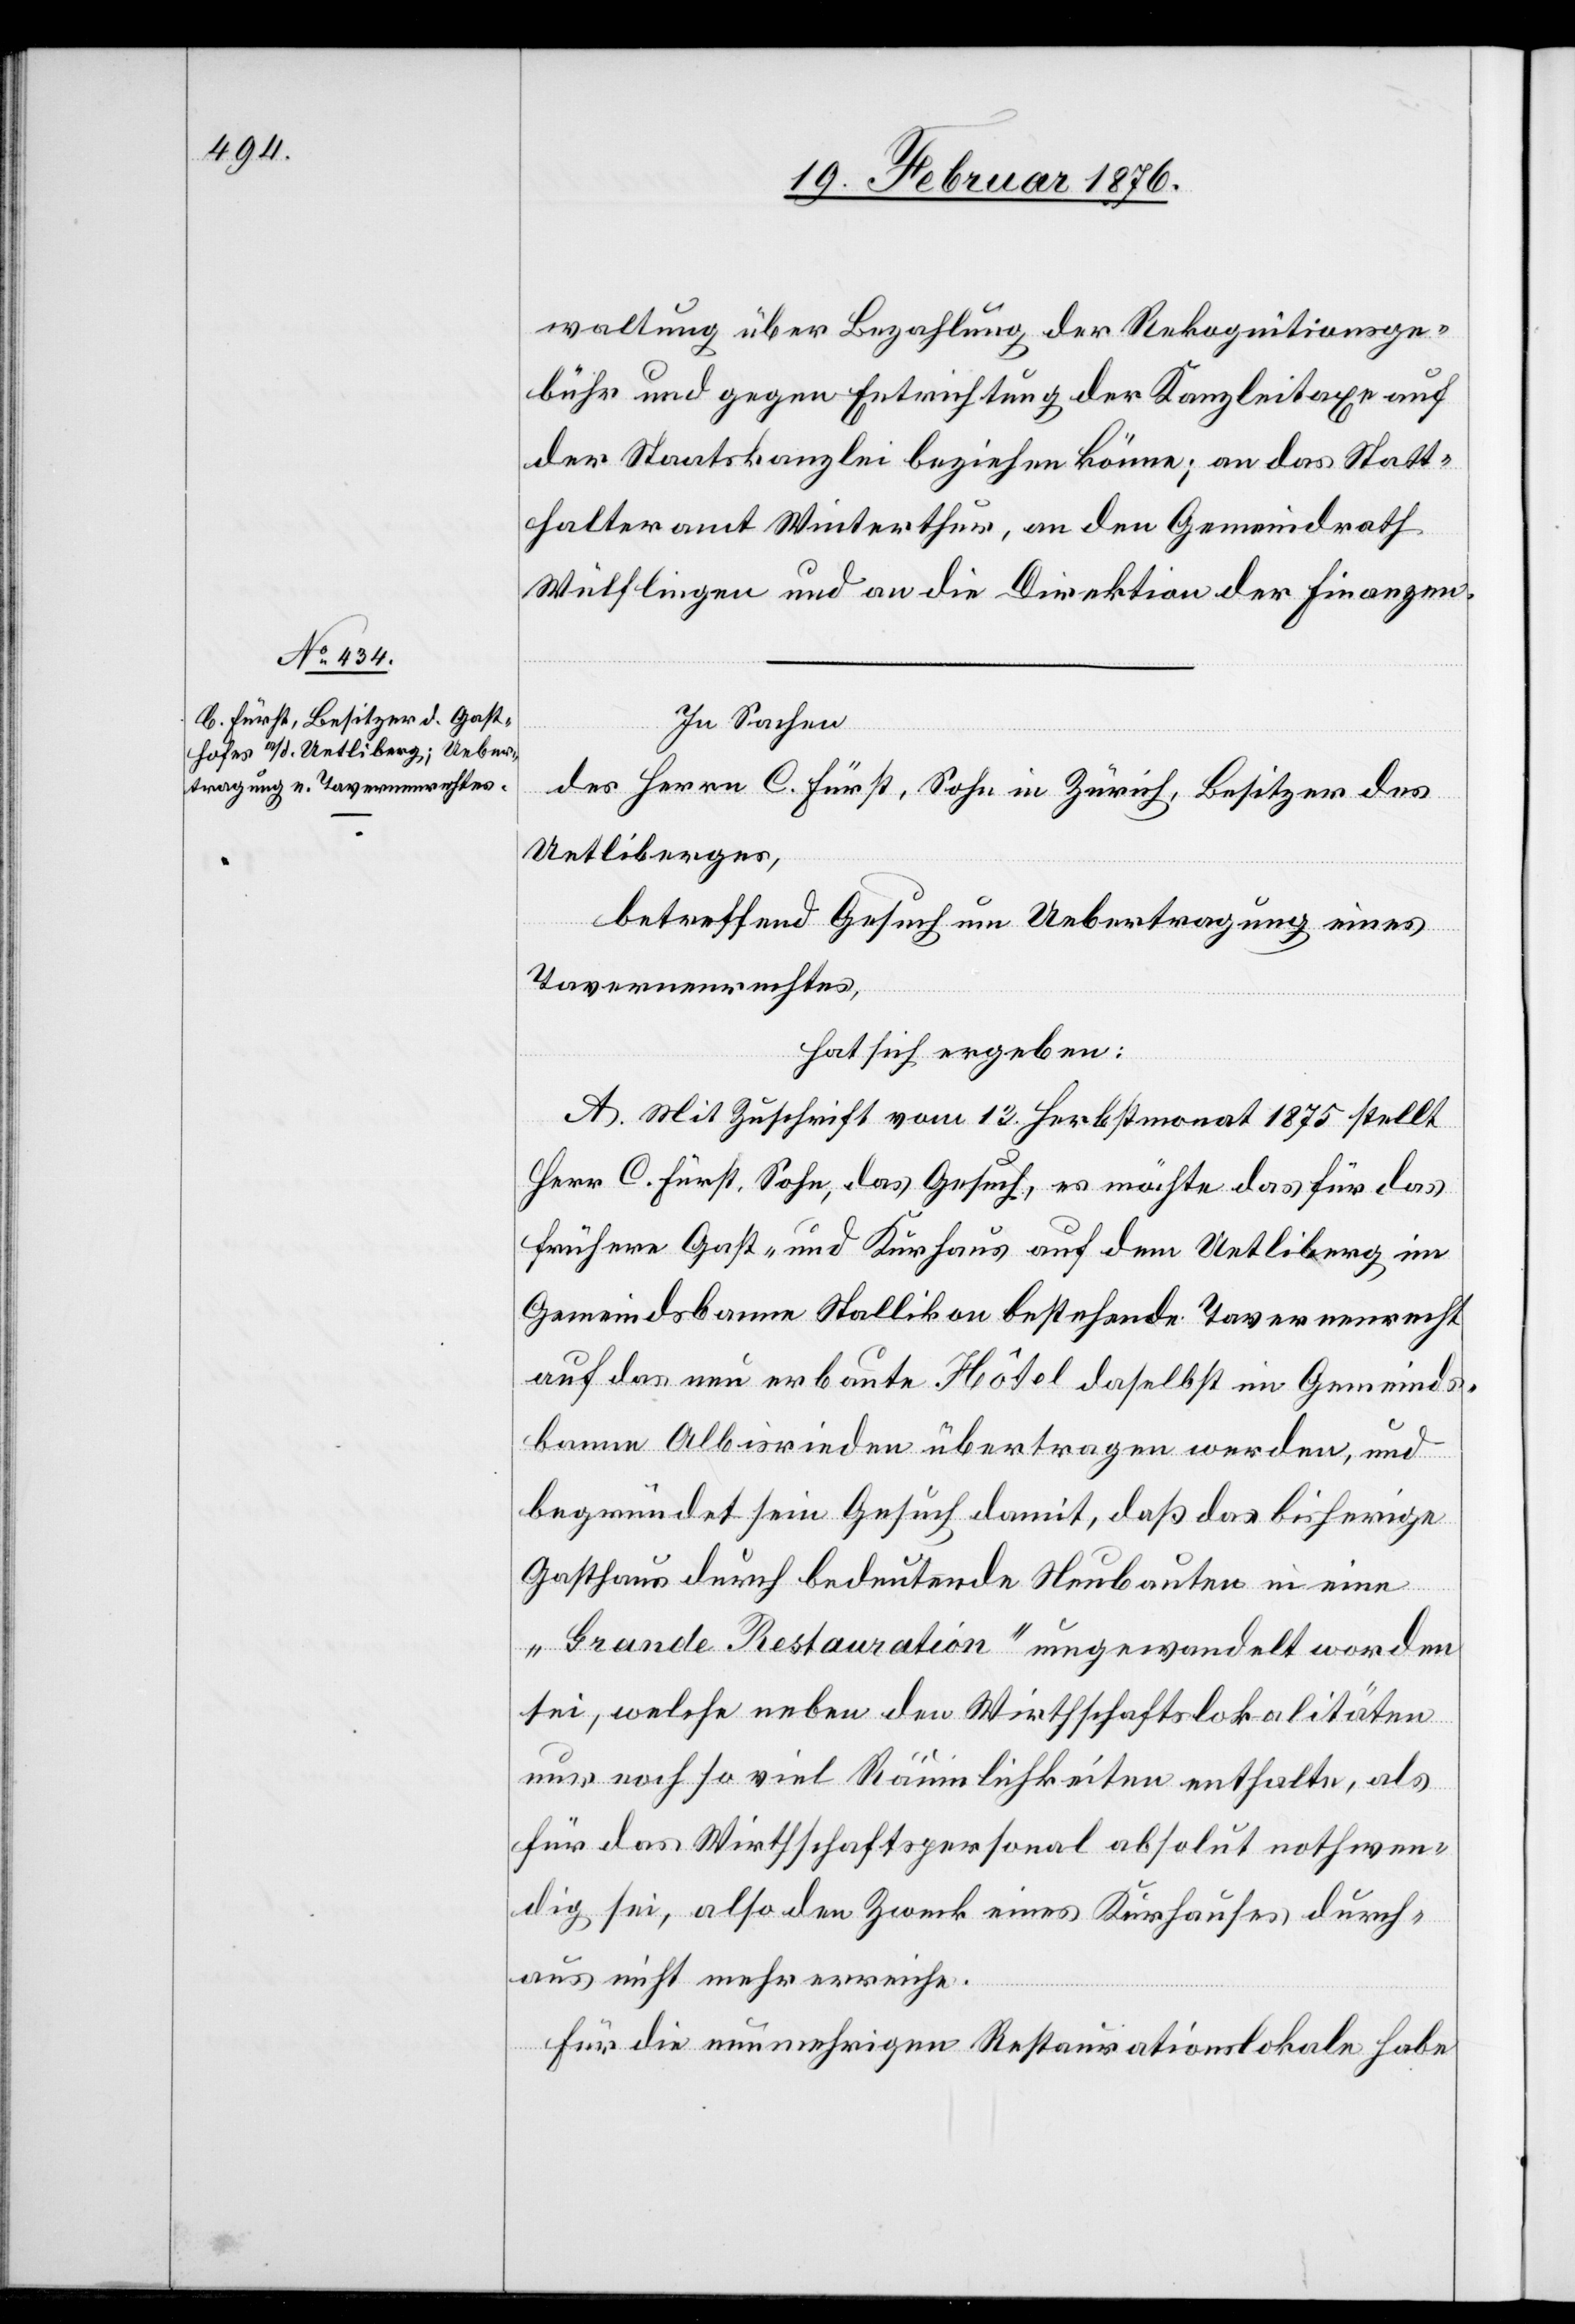
verwaltung über Bezahlung der Rekognitionsge¬
bühr und gegen Entrichtung der Kanzleitaxe auf
der Staatskanzlei beziehen könne; an das Statt¬
halteramt Winterthur, an den Gemeindrath
Wülflingen und an die Direktion der Finanzen.
In Sachen
des Herrn C. Fürst, Sohn in Zürich, Besitzer des
Uetliberges,
betreffend Gesuch um Uebertragung eines
Tavernenrechtes,
hat sich ergeben:
A. Mit Zuschrift vom 13. Herbstmonat 1875 stellt
Herr C. Fürst, Sohn, das Gesuch, es möchte das für das
frühere Gast- und Kurhaus auf dem Uetliberg im
Gemeindebanne Stallikon bestehende Tavernenrecht
auf das nun erbaute Hôtel daselbst im Gemeinds¬
banne Albisrieden übertragen werden, und
begründet sein Gesuch damit, daß das bisherige
Gasthaus durch bedeutende Neubauten in eine
„Grande Restauration“ umgewandelt worden
sei, welche neben den Wirthschaftslokalitäten
nur noch so viel Räumlichkeiten enthalte, als
für das Wirthschaftspersonal absolut nothwen¬
dig sei, also den Zweck eines Kurhauses durch¬
aus nicht mehr erweise.
Für die nunmehrigen Restaurationslokale habe